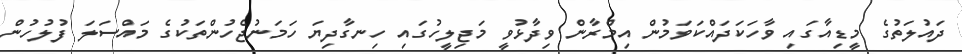
ދައުލަތުގެ މީޑިއާގައި ވާހަކަދައްކަވަމުން އިމްރާން ވިދާޅުވީ މަޖިލީހުގައި ހިނގާދިޔަ ހަމަނުޖެހުންތަކުގެ މައްސަލަ ފުލުހުން